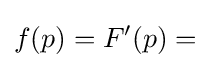
f(p)=F'(p)=